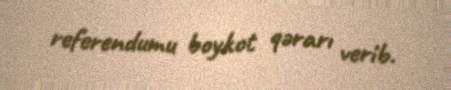
referendumu boykot qərarı verib.